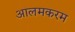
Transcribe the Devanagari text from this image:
आलमकरम